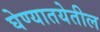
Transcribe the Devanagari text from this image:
घेण्यातयेतील